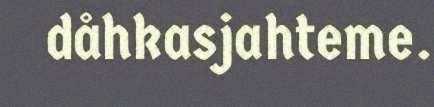
dåhkasjahteme.